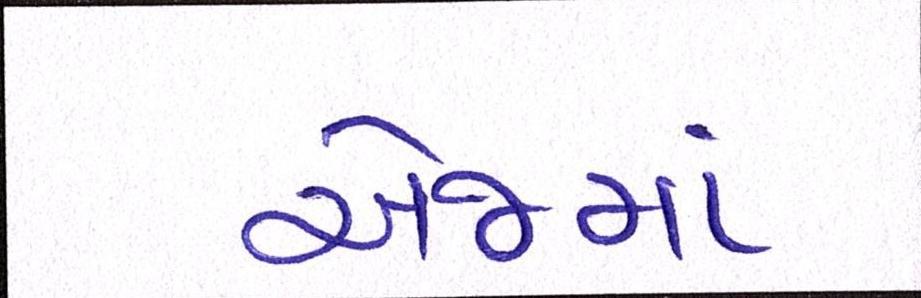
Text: એજમાં